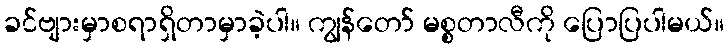
ခင်ဗျားမှာစရာရှိတာမှာခဲ့ပါ။ ကျွန်တော် မစ္စတာလီကို ပြောပြပါမယ်။